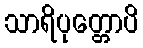
သာရိပုတ္တောပိ